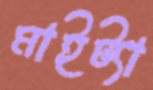
মাইট্যা